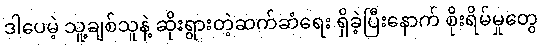
ဒါပေမဲ့ သူ့ချစ်သူနဲ့ ဆိုးရွားတဲ့ဆက်ဆံရေး ရှိခဲ့ပြီးနောက် စိုးရိမ်မှုတွေ